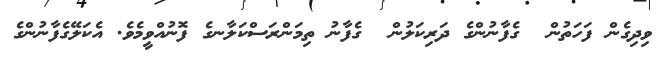
ވިދިގެން ފަހަތުން  ގެފާނުންގެ ދަރިކަލުން  ގެފާނު ތިމަންރަސްކަލާނގެ ފޮނުއްވީމެވެ. އެކަލޭގެފާނުންގެ